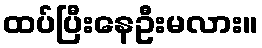
ထပ်ပြီးနေဦးမလား။